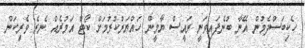
ހެކިބަސްދެމުން އޭނާ ބުނެފައިވަނީ ރައީސް ޔާމީން ހައްޔަރުކުރުމަށް ކޯޓް އަމުރެއް ނެރެ ވެރިކަން